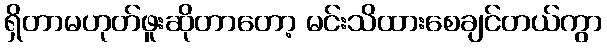
ရှိတာမဟုတ်ဖူးဆိုတာတော့ မင်းသိထားစေချင်တယ်ကွာ